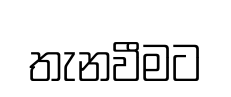
තැනවීමට